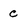
Character: c